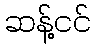
ဆန့်ငင်